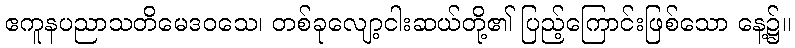
ဧကူနပညာသတိမေဒဝသေ၊ တစ်ခုလျော့ငါးဆယ်တို့၏ ပြည့်ကြောင်းဖြစ်သော နေ့၌။